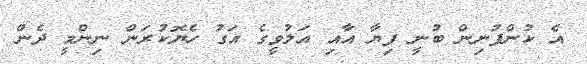
އެ ކުންފުނިން ބުނީ ފިޔާ އާއި އަލުވީގެ އަގު ހެޔޮކުރަން ނިންމީ ދެން